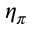
\eta _ { \pi }